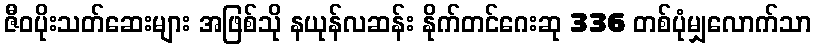
ဇီဝပိုးသတ်ဆေးများ အဖြစ်သို နယုန်လဆန်း နိုက်တင်ဂေးဆု 336 တစ်ပုံမျှလောက်သာ